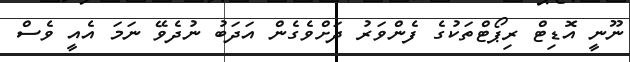
ނޫނީ އޮޑިޓް ރިޕޯޓްތަކުގެ ފެންވަރު ދަށްވެގެން އަދަބު ނުދެވޭ ނަމަ އެއީ ވެސް